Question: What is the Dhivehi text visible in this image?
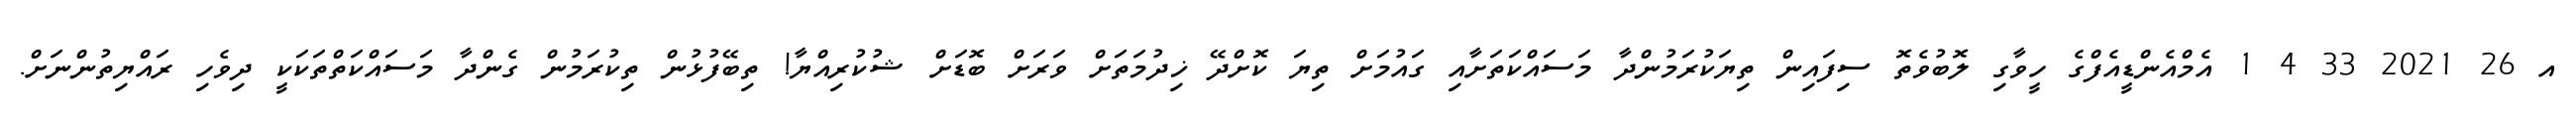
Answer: އ 26 2021 33 4 1 އެމްއެންޑީއެފްގެ ހީވާގި ލޮބުވެތޮ ސިފައިން ތިޔަކުރަމުންދާ މަސައްކަތަށާއި ގައުމަށް ތިޔަ ކޮށްދޭ ޚިދުމަތަށް ވަރަށް ބޮޑަށް ޝުކުރިއްޔާ! ތިބޭފުޅުން ތިކުރަމުން ގެންދާ މަސައްކަތްތަކަކީ ދިވެހި ރައްޔިތުންނަށް.